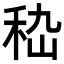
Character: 𥞇